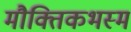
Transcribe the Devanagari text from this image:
मौक्तिकभस्म